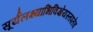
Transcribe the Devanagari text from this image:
सूर्यलक्ष्याभिविज्ञेयस्तपतेव